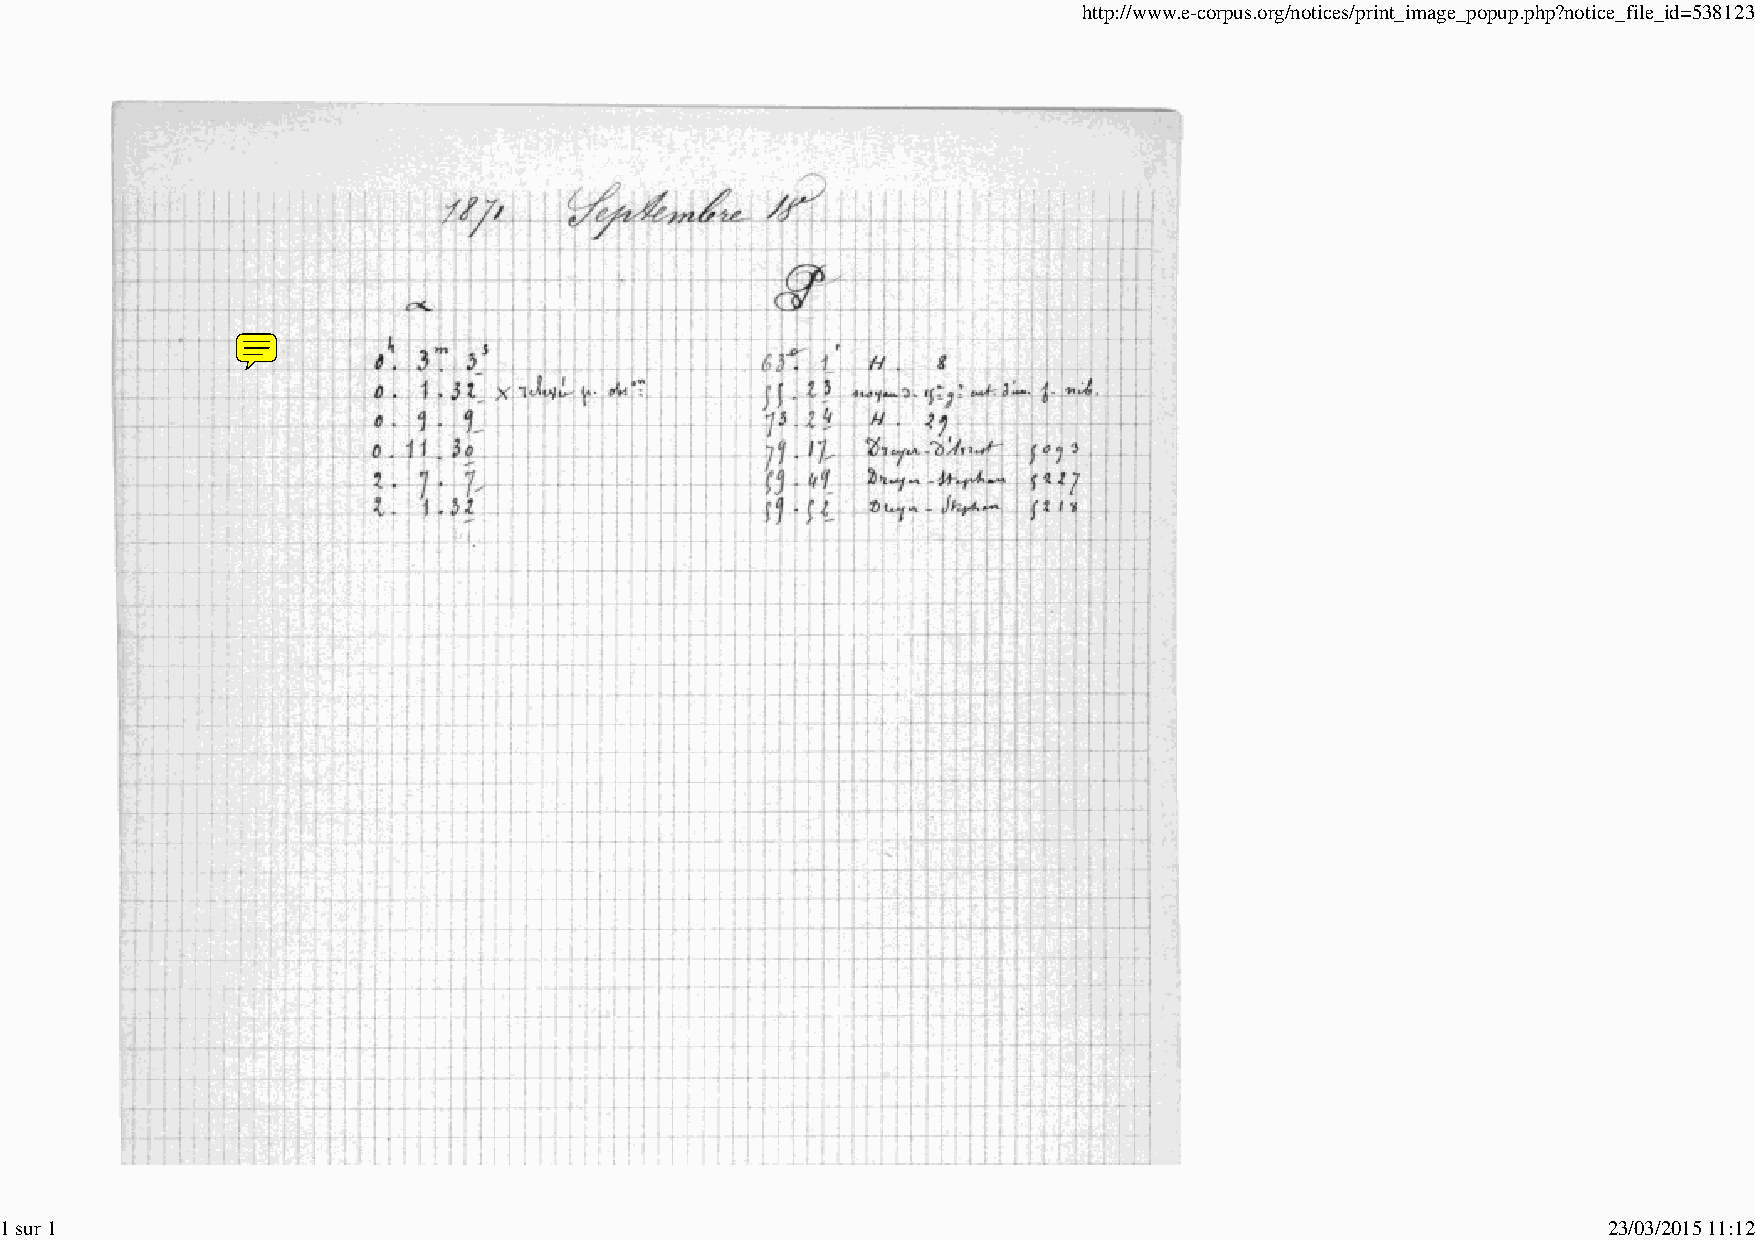
http://www.e-corpus.org/notices/print_image_popup.php?notice_file_id=538123
 1 sur 1                                                                                                   23/03/2015 11:12